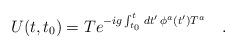
LaTeX: \begin{align*}U(t,t_0)=Te^{-ig\int_{t_0}^{t}\,dt'\,\phi^a(t')T^a}\ \ \ .\end{align*}